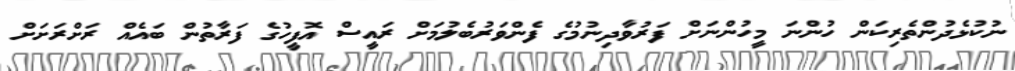
ނުކުޅެދުންތެރިކަން ހުންނަ މީހުންނަށް ފަރުވާދިނުމުގެ ފެންވަރުބެލުމަށް ރައީސް އޮފީހުގެ ފަރާތުން ބައެއް ރަށްރަށަށް